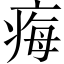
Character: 痗